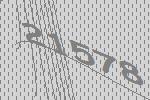
21578